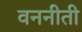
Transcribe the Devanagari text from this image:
वननीती